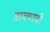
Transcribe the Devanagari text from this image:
त्राक्याची